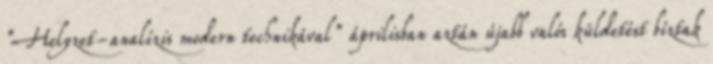
"Helyzet-analízis modern technikával" áprilisban aztán újabb valós küldetést bíztak